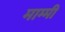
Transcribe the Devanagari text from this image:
माम्मी